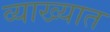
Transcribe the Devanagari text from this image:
व्याख्यात